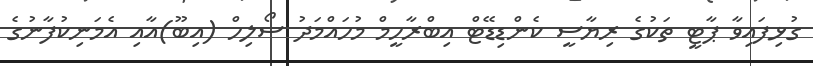
ގުޅިފައިވާ ޕާޓީ ތަކުގެ ރިޔާސީ ކެންޑިޑޭޓް އިބްރާހީމް މުހައްމަދު ސޯލިހް (އިބޫ)އާއި އެމަނިކުފާނުގެ